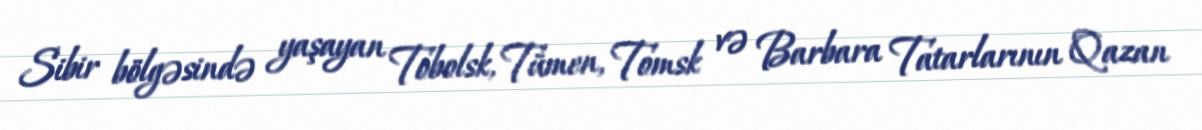
Sibir bölgəsində yaşayan Tobolsk, Tümen, Tomsk və Barbara Tatarlarının Qazan